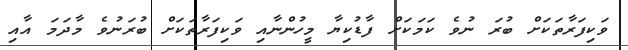
ވަކިފަރާތަކަށް ބުރަ ނުވެ ކަމަކަށް ފާޑުކިޔާ މީހުންނާއި ވަކިފަރާތަކަށް ބުރަނުވެ މާދަމަ އާއި